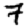
Digit: 7